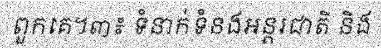
ពួកគេ។៣៖ ទំនាក់ទំនងអន្តរជាតិ និង